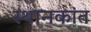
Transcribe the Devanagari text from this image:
स्थानकांत